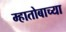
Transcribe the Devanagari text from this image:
म्हातोबाच्या